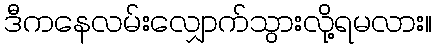
ဒီကနေလမ်းလျှောက်သွားလို့ရမလား။